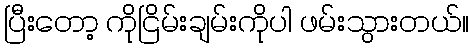
ပြီးတော့ ကိုငြိမ်းချမ်းကိုပါ ဖမ်းသွားတယ်။